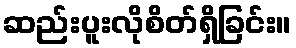
ဆည်းပူးလိုစိတ်ရှိခြင်း။